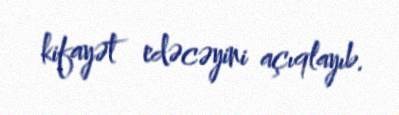
kifayət edəcəyini açıqlayıb.